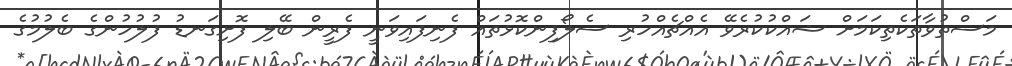
މަސްތުވާތަކެތިކަމަށް ޝައްކުކުރެވޭ އެއްޗެއްހުރި ސެލޯފިންކޮޅުތައް ފެނިފައިވަނީ ފެރީން ބޭލި ފޮށިގަނޑު ފުލުހުންގެ ބެލުމުގެ